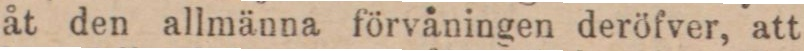
åt den allmänna förvåningen deröfver, att